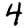
Digit: 4